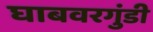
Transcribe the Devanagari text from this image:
घाबवरगुंडी